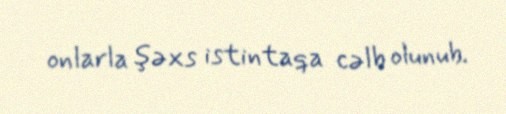
onlarla şəxs istintaqa cəlb olunub.